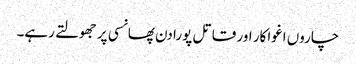
چاروں اغواکار اور قاتل پورا دن پھانسی پر جھولتے رہے۔